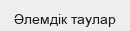
Әлемдік таулар